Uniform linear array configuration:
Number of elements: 12
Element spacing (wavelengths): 0.75
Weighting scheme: cosine
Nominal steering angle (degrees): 0
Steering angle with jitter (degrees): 0.2956
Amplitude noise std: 0.05
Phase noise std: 0.05

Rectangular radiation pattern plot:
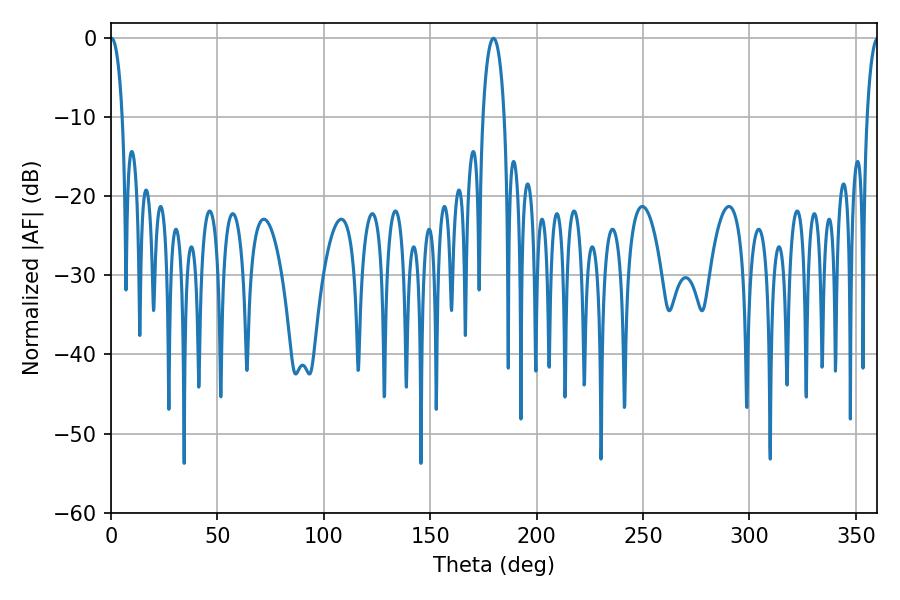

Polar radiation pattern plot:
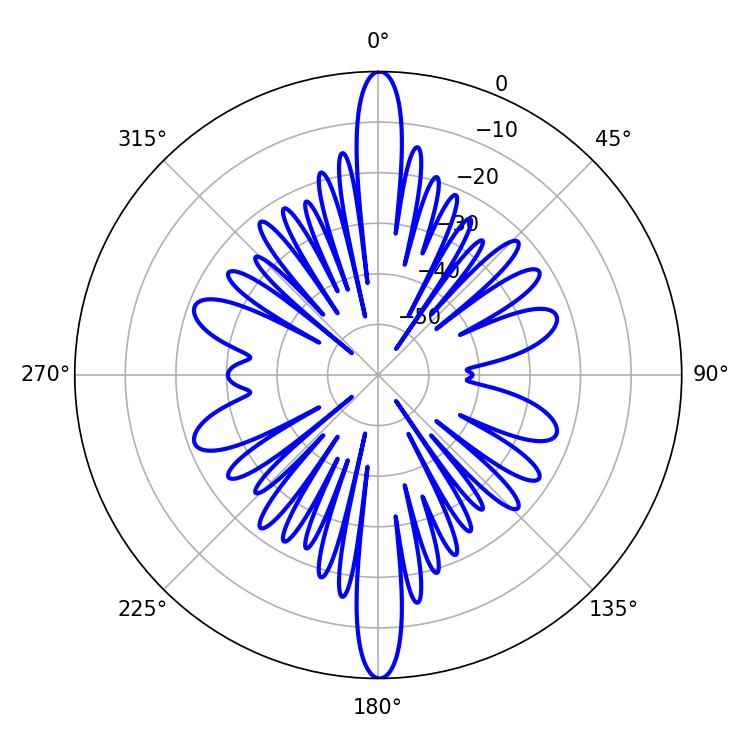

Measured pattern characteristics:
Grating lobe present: TRUE
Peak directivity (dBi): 33.538
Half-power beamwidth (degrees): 3.06
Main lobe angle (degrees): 0.36